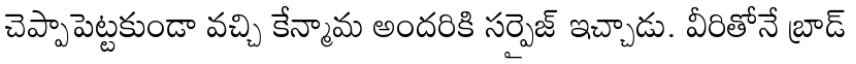
చెప్పాపెట్టకుండా వచ్చి కేన్మామ అందరికి సర్ప్రైజ్ ఇచ్చాడు. వీరితోనే బ్రాడ్